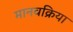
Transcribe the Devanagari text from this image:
मानवक्रिया